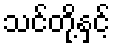
သင်တို့နှင့်